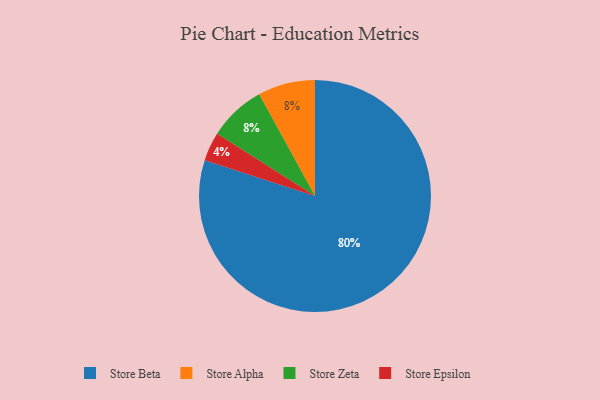
{"axis": {"x": "Category", "y": "Percentage"}, "legend": ["Store Alpha", "Store Beta", "Store Epsilon", "Store Zeta"], "data": [{"x": "Store Alpha", "y": 8, "type": "Store Alpha"}, {"x": "Store Zeta", "y": 8, "type": "Store Zeta"}, {"x": "Store Beta", "y": 80, "type": "Store Beta"}, {"x": "Store Epsilon", "y": 4, "type": "Store Epsilon"}]}